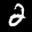
Label: 2